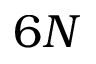
6 N